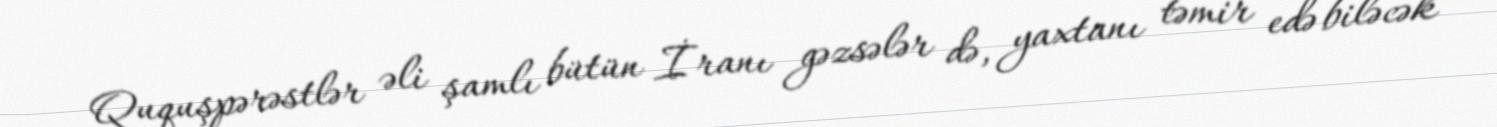
Ququşpərəstlər əli şamlı bütün İranı gəzsələr də, yaxtanı təmir edə biləcək